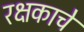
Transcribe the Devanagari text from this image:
रक्षकाचे